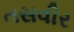
તસવીર